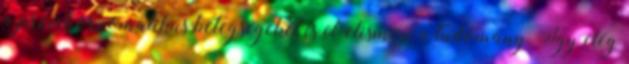
a pszichoszomatikus betegségeket is el-elismeri a tudomány. Így elég